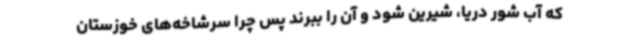
که آب شور دریا، شیرین شود و آن را ببرند پس چرا سرشاخه‌های خوزستان